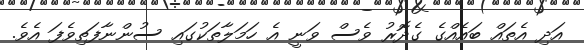
އަދި އެތައް ބައެއްގެ ގެދޮރު ވެސް ވަނީ އެ ހަމަލާތަކުގައި ސުންނާފަތިވެފަ އެވެ.